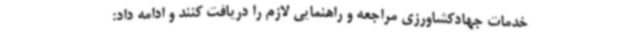
خدمات جهادکشاورزی مراجعه و راهنمایی لازم را دریافت کنند و ادامه داد: